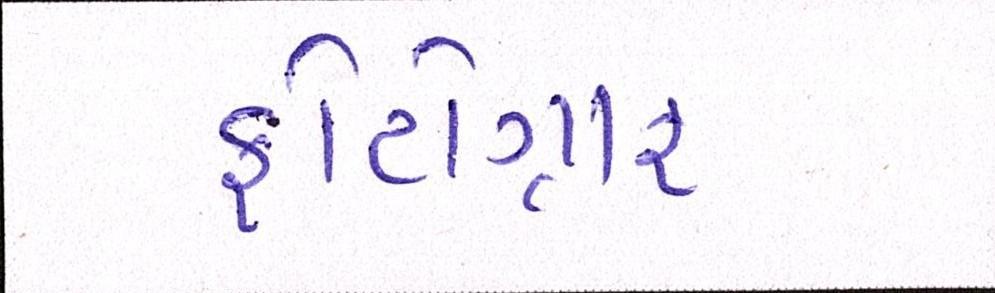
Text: ફોટોગ્રાફ